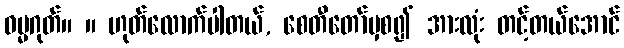
ဓမ္မဂုတ်။ ။ ဟုတ်လောက်ပါတယ်, စေတီတော်မှစ၍ အားလုံး တင့်တယ်အောင်